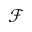
\mathcal { F }